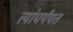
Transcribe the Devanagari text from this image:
त्यांपर्यंयत